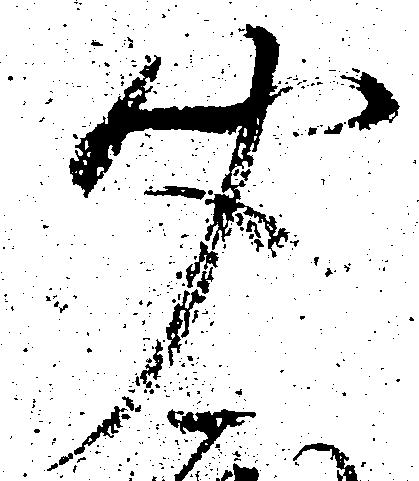
聞